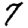
Digit: 7